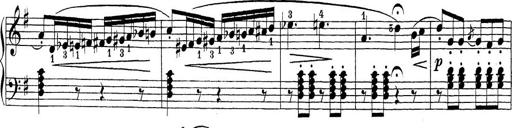
Title: Sonatina Album
Composer: Louis KÃ¶hler